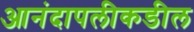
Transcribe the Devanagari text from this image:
आनंदापलीकडील